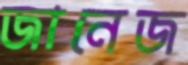
জানেজ